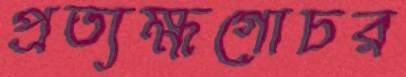
প্রত্যক্ষগোচর